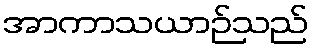
အာကာသယာဉ်သည်